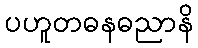
ပဟူတဓနဓညာနိ